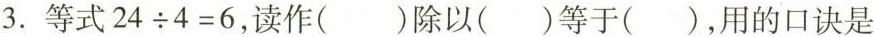
3.等式$$2 4 \div 4 = 6$$，读作（ ）除以（ ）等于（ ），用的口诀是